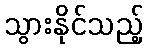
သွားနိုင်သည့်